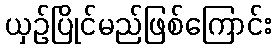
ယှဉ်ပြိုင်မည်ဖြစ်ကြောင်း